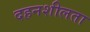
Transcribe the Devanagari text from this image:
दहनशीलता